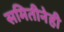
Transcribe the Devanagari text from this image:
समितीनेही